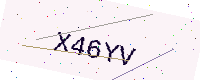
Text: X46YV